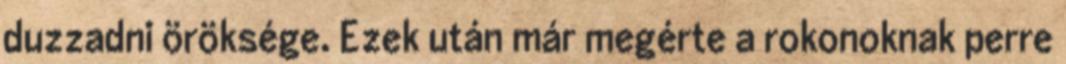
duzzadni öröksége. Ezek után már megérte a rokonoknak perre